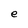
Character: e